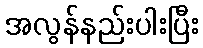
အလွန်နည်းပါးပြီး